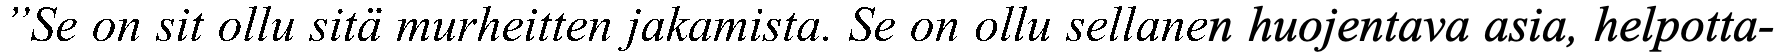
”Se on sit ollu sitä murheitten jakamista. Se on ollu sellanen huojentava asia, helpotta-